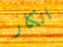
انكار